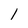
Character: l